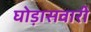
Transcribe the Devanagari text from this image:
घोड़ासवारी